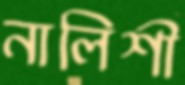
নালিশী